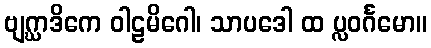
ဗျဂ္ဃာဒိကေ ဝါဠမိဂေါ၊ သာပဒေါ ထ ပ္လဝင်္ဂမော။